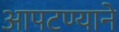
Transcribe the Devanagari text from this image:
आपटण्याने